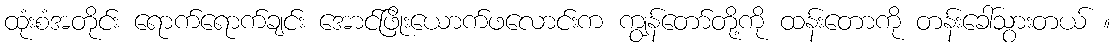
ထုံးစံအတိုင်း ရောက်ရောက်ချင်း အောင်ဖြိုးယောက်ဖလောင်းက ကျွန်တော်တို့ကို ထန်းတောကို တန်းခေါ်သွားတယ် ။